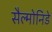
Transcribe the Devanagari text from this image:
सैल्मोनिडे